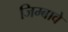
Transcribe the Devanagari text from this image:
जिम्बावे